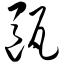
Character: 瓯